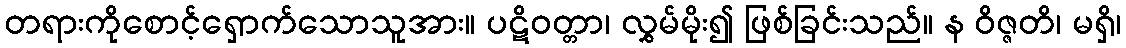
တရားကိုစောင့်ရှောက်သောသူအား။ ပဋိဝတ္တာ၊ လွှမ်မိုး၍ ဖြစ်ခြင်းသည်။ န ဝိဇ္ဇတိ၊ မရှိ၊